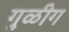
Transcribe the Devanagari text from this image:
गुळीग